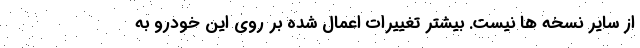
از سایر نسخه ها نیست. بیشتر تغییرات اعمال شده بر روی این خودرو به